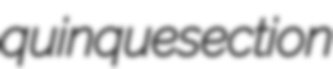
quinquesection